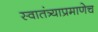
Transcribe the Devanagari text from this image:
स्वातंत्र्याप्रमाणेच